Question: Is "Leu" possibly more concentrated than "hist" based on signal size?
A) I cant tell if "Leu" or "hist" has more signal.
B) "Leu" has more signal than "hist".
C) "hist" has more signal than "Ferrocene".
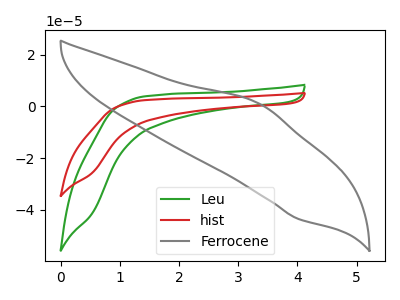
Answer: <think>The green curve "Leu" has no peaks. The red curve "hist" has no peaks. The gray curve "Ferrocene" has an anodic peak at (3.35V, 1.15uA) and a cathodic peak at (4.00V, -43.55uA).
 Neither "Leu" or "hist" have any peaks.</think>
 <answer>A) I cant tell if "Leu" or "hist" has more signal.</answer>
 <eval>A</eval>